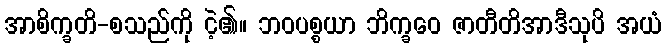
အာစိက္ခတိ-စသည်ကို ငဲ့၏။ ဘဝပစ္စယာ ဘိက္ခဝေ ဇာတီတိအာဒီသုပိ အယံ